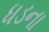
ધડના